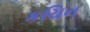
કચિન